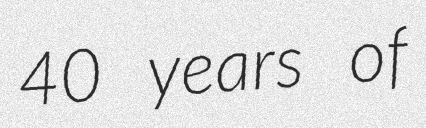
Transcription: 40 years of